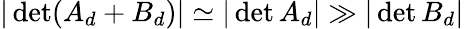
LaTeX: |\operatorname*{d\mathrm{e}t}(A_{d}+B_{d})|\simeq|\operatorname*{d\mathrm{e}t}A_{d}|\gg|\operatorname*{d\mathrm{e}t}B_{d}|